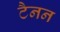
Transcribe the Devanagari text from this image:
टैनन